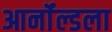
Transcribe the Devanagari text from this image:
आर्नॉल्डला